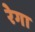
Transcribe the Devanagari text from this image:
रेगा